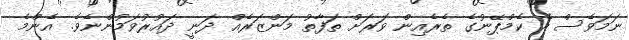
ނަމަވެސް އެ ކެމްޕޭނުގެ ތެރެއިން ވަރަށް ތަފާތު މަންޒަރެއް ދަނީ ދައުރުވަމުންނެވެ. އެންމެ